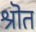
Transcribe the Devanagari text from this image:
श्रॊत